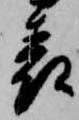
表